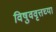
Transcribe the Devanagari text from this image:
विषुववृत्तच्या